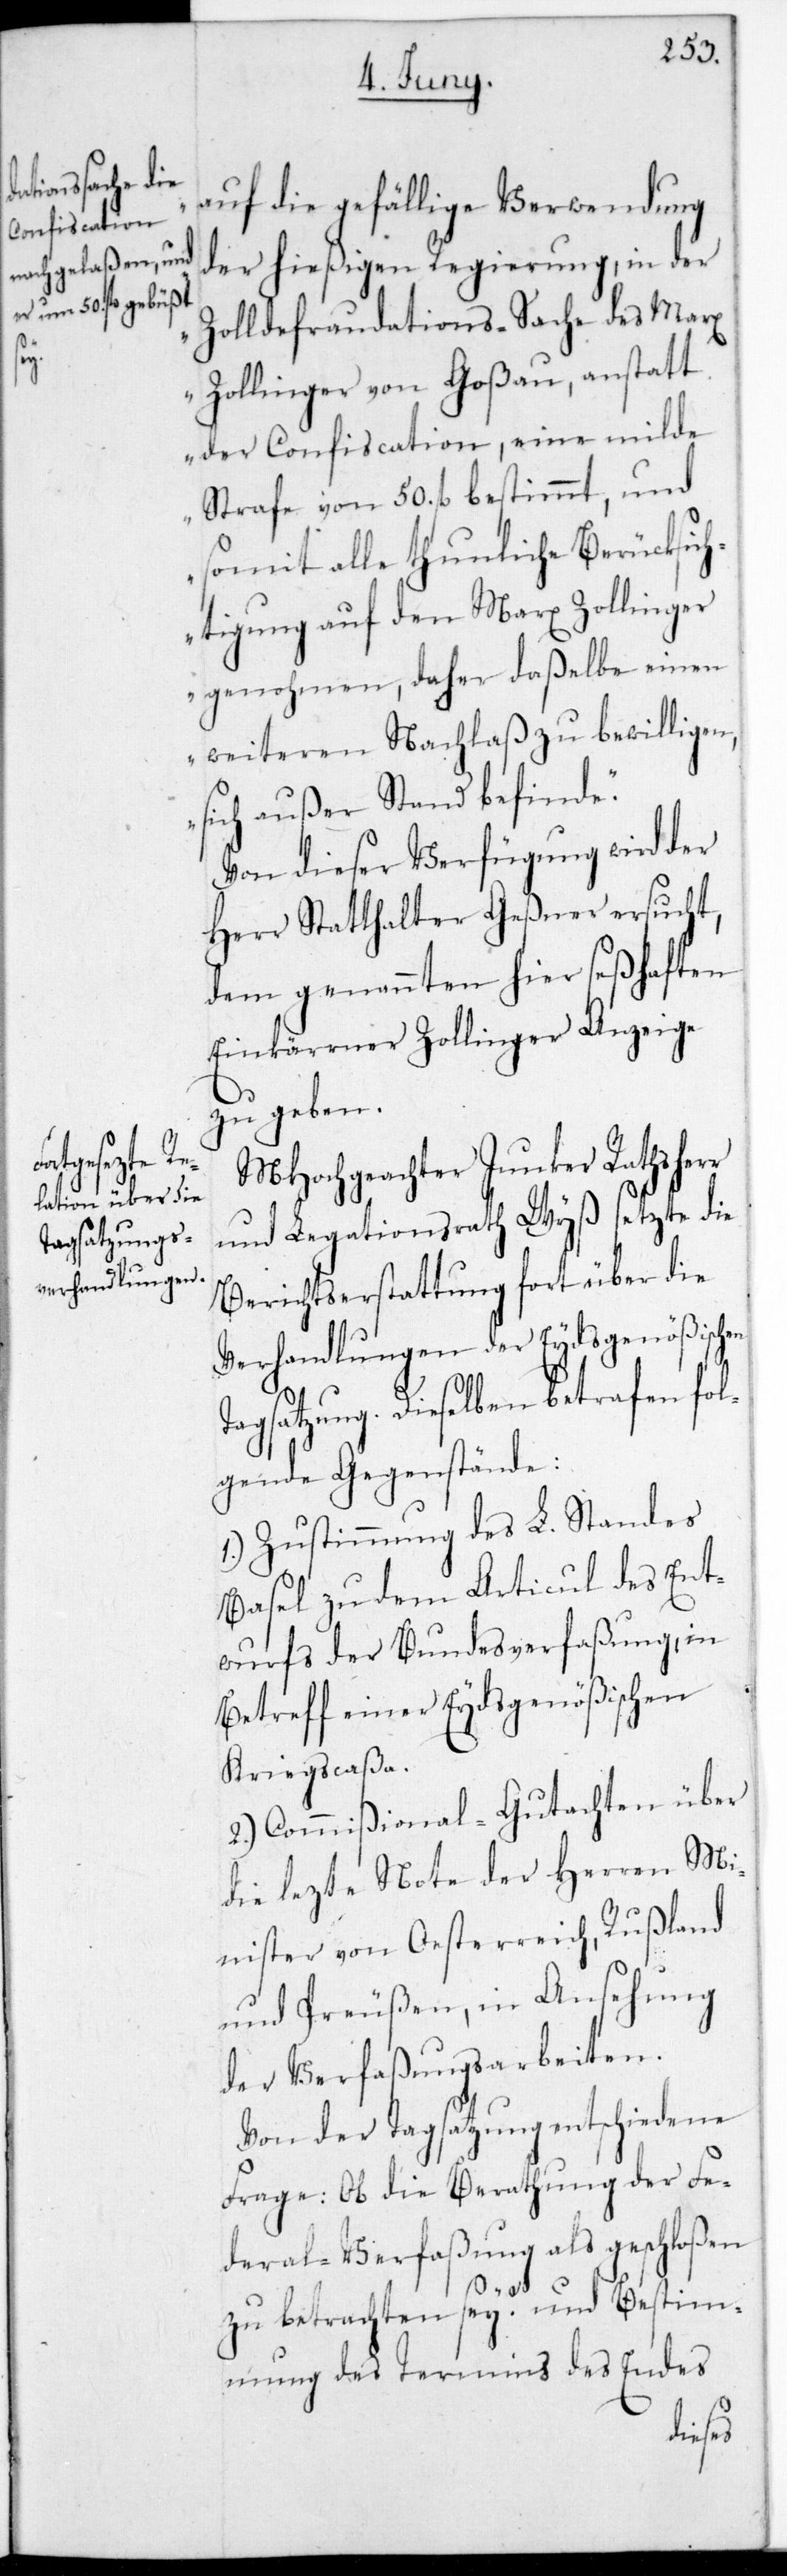
auf die gefällige Verwendung
der hießigen Regierung in der
Zolldefraudations-Sache des Mar¬
x
Zollinger von Goßau, anstatt
der Confiscation, eine milde
Strafe von 50. fl. bestimmt, und
somit alle thunliche Berücksich¬
tigung auf den Marx Zollinger
genohmen, daher daßelbe einen
weiteren Nachlaß zu bewilligen,
sich außer Stand befinde.“
Von dieser Verfügung wird der
Herr Statthalter Geßner ersucht,
dem genannten hier seßhaften
Einkärrner Zollinger Anzeige
zu geben.
MHochgeachter Junker Rathsherr
und Legationsrath Wyß setzte die
Berichtserstattung fort über die
Verhandlungen der Eydsgenößischen
Tagsatzung. Dieselben betrafen fol¬
gende Gegenstände:
1.) Zustimmung des L. Standes
Basel zu dem Articul des Ent¬
wurfs der Bundesverfaßung, in
Betreff einer Eydsgenößischen
Kriegscaßa.
2.) Commißional-Gutachten über
die letzte Note der Herren Mi¬
nister von Oesterreich, Rußland
und Preußen, in Ansehung
der Verfaßungsarbeiten.
Von der Tagsatzung entschiedene
Frage: Ob die Berathung der Fe¬
deral-Verfaßung als geschloßen
zu betrachten sei? und Bestim¬
mung des Termins des Endes